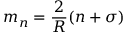
m _ { n } = \frac { 2 } { { \cal R } } ( n + \sigma )